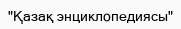
"Қазақ энциклопедиясы"